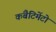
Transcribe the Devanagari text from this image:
कंबैटिमेंटो